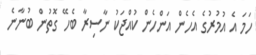
ހަމަ އެ އުމުރުގެ އެހެން އަންހެން ކުއްޖަކު ނާސިރާ ބެހޭ ގޮތުން ބުނާނެ